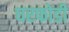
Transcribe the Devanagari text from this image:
घरफोडी